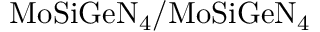
\mathrm { M o S i G e N _ { 4 } / M o S i G e N _ { 4 } }